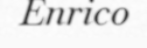
Enrico